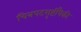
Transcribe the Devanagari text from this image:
चित्रपटसृष्टींपैकी